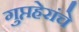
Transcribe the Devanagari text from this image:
गुप्तहेरांचे